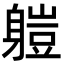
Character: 䠽